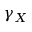
\gamma _ { X }